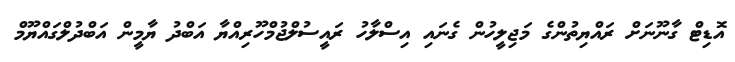
އޮޑިޓް ގާނޫނަށް ރައްޔިތުންގެ މަޖިލީހުން ގެނައި އިސްލާހު ރައީސުލްޖުމްހޫރިއްޔާ އަބްދު ޔާމީން އަބްދުލްގައްޔޫމް